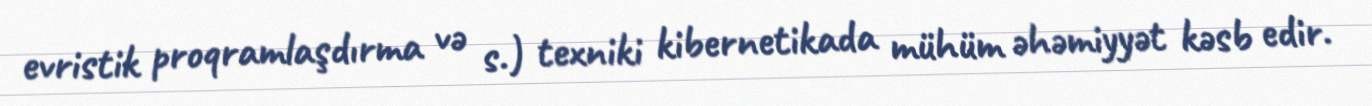
evristik proqramlaşdırma və s.) texniki kibernetikada mühüm əhəmiyyət kəsb edir.